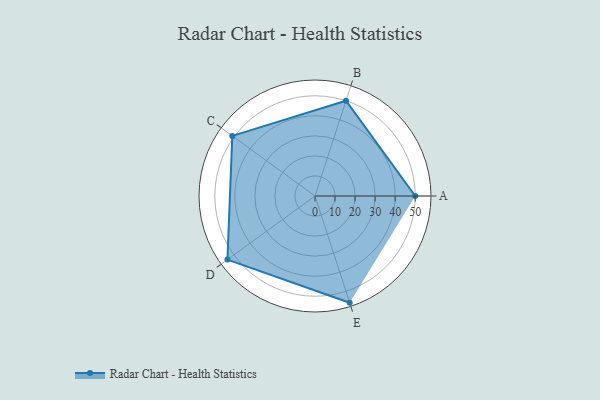
{"axis": {"x": "Skill", "y": "Score"}, "legend": ["Profile"], "data": [{"x": "A", "y": 50.0, "type": "Profile"}, {"x": "B", "y": 50.0, "type": "Profile"}, {"x": "C", "y": 51.0, "type": "Profile"}, {"x": "D", "y": 54.0, "type": "Profile"}, {"x": "E", "y": 56.0, "type": "Profile"}]}